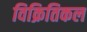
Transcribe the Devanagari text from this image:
विक्रितिकल